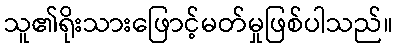
သူ၏ရိုးသားဖြောင့်မတ်မှုဖြစ်ပါသည်။